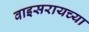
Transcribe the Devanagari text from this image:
वाइसरायच्या